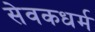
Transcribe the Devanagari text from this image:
सेवकधर्म